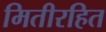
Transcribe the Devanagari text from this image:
मितीरहित